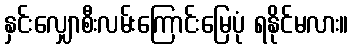
နှင်းလျှောစီးလမ်းကြောင်းမြေပုံ ရနိုင်မလား။